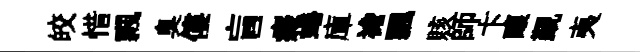
皎惜飄臭僂盲癡蜷庫襜飄賅師卞釀覲夷